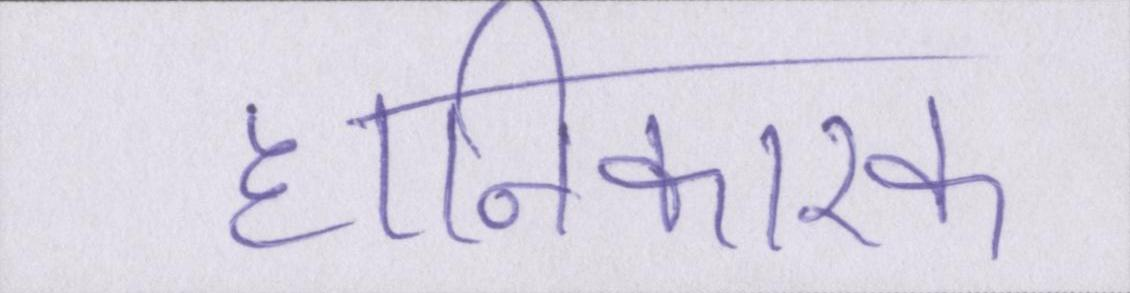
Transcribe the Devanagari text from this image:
हानिकारक